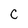
Character: C